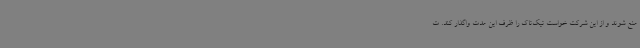
منع شوند و از این شرکت خواست تیک‌تاک را ظرف این مدت واگذار کند. ت